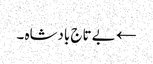
← بے تاج بادشاہ ۔